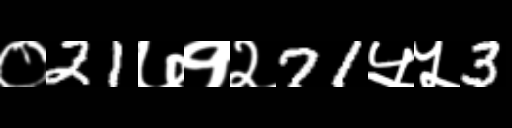
Text: ०21७१२71५५3